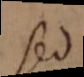
sed